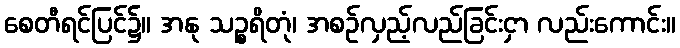
စေတီရင်ပြင်၌။ အနု သဉ္စရိတုံ၊ အစဉ်လှည့်လည်ခြင်းငှာ လည်းကောင်း။